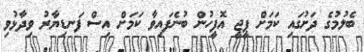
ބެލުމުގެ ދަށުގައި ކަމަށް ޕީޖީ އޮފީހުން ބުނެފައިވާ ކަމަށް އިސް ފަނޑިޔާރު ވިދާޅުވި